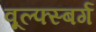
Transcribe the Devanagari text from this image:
वूल्फ्स्बर्ग